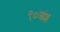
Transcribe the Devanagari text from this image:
९०अंश